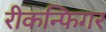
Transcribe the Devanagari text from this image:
रीकन्फिगर